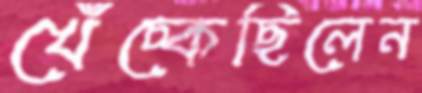
খেঁচ্‌কেছিলেন